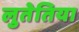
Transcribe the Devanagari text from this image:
लुतेतिया